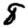
Digit: 8